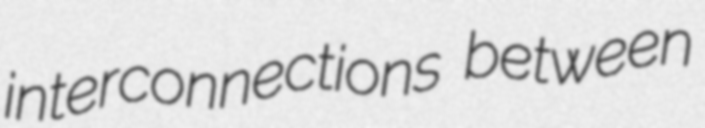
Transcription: interconnections between